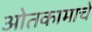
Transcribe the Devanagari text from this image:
ओतकामाचे